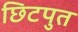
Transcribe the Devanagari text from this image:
छिटपुत